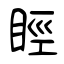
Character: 䀴